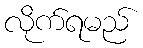
လိုက်ရမည်